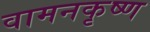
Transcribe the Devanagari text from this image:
वामनकृष्ण